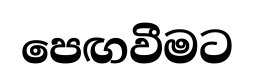
පෙඟවීමට